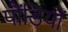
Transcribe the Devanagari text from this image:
पौंडियों